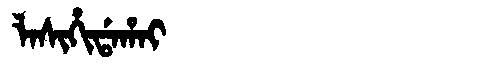
Manchu: ᠯᠠᠰᡳᡥᡳᡩᠠᡥᠠᡳ
Romanization: LASIHIDAHAI